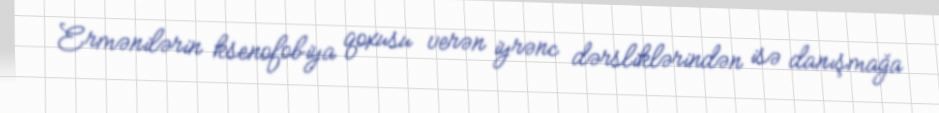
Ermənilərin ksenofobiya qoxusu verən iyrənc dərsliklərindən isə danışmağa